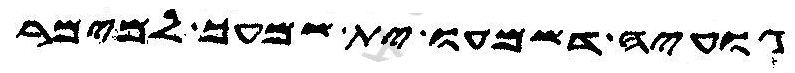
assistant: גועיה דשמעו ית שמעך למימר